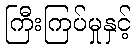
ကြီးကြပ်မှုနှင့်